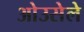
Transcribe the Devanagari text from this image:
ओउसेले